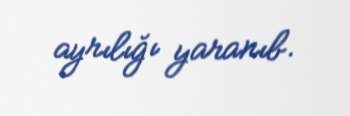
ayrılığı yaranıb.